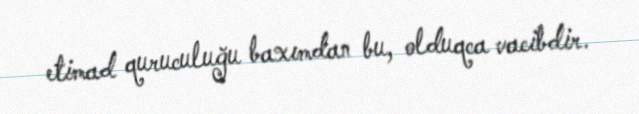
etimad quruculuğu baxımdan bu, olduqca vacibdir.